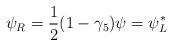
LaTeX: \begin{align*}\psi_{R} = \frac{1}{2} (1 - \gamma_{5}) \psi = \psi_{L}^{*}\end{align*}